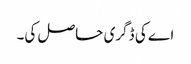
اے کی ڈگری حاصل کی۔